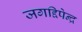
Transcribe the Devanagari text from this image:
जगद्दिपेन्द्र